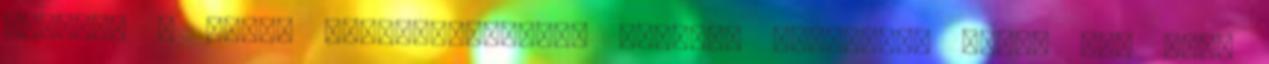
csatára a vitéz honvédsereget." Forrás: Vasárnapi Újság 46. évf.